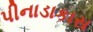
પીનાડાકાસ